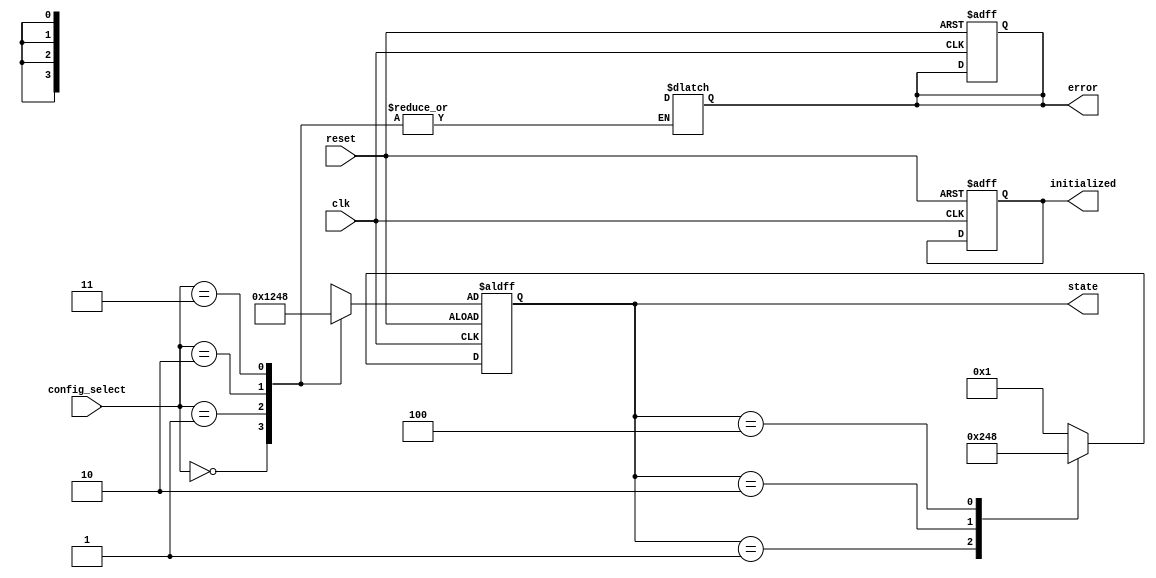
module PreConfiguredStateInit (
    input wire clk,                   // Clock signal
    input wire reset,                 // Reset signal (active high)
    input wire [1:0] config_select,   // Configuration select inputs (optional)
    output reg [3:0] state,           // Current state output
    output reg initialized,            // Status flag indicating initialization
    output reg error                   // Status flag indicating error
);

    // State encoding
    localparam STATE_A = 4'b0001;
    localparam STATE_B = 4'b0010;
    localparam STATE_C = 4'b0100;
    localparam STATE_D = 4'b1000;

    // Predefined configurations
    reg [3:0] init_state;

    // Combinational logic to select initial state based on config_select
    always @(*) begin
        case (config_select)
            2'b00: init_state = STATE_A;  // Configuration 0
            2'b01: init_state = STATE_B;  // Configuration 1
            2'b10: init_state = STATE_C;  // Configuration 2
            2'b11: init_state = STATE_D;  // Configuration 3
            default: begin
                init_state = STATE_A;
                error = 1;  // Set error if invalid configuration
            end
        endcase
    end

    // Sequential logic for state initialization and transitions
    always @(posedge clk or posedge reset) begin
        if (reset) begin
            state <= init_state;  // Initialize state on reset
            initialized <= 1;      // Set initialized flag
            error <= 0;            // Clear error flag
        end else begin
            // State transition logic (example)
            case (state)
                STATE_A: state <= STATE_B; // Example transition
                STATE_B: state <= STATE_C; // Example transition
                STATE_C: state <= STATE_D; // Example transition
                STATE_D: state <= STATE_A; // Example transition
                default: state <= STATE_A;  // Default to STATE_A
            endcase
        end
    end

endmodule